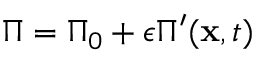
\Pi = \Pi _ { 0 } + \epsilon \Pi ^ { \prime } ( \mathbf { x } , t )